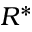
R ^ { * }